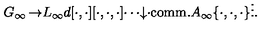
\begin{matrix} { G _ { \infty } } & { } & { \rightarrow } & { L _ { \infty } } \\ { } & { d } & { [ \cdot , \cdot ] } & { [ \cdot , \cdot , \cdot ] } & { \cdots } \\ { \downarrow } & { \cdot } \\ { \mathrm { c o m m . } A _ { \infty } } & { \{ \cdot , \cdot , \cdot \} } \\ { } & { \vdots } \\ \end{matrix} .